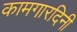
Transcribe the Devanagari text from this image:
कामगारदिनी